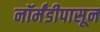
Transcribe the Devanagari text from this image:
नॉर्मंडीपासून